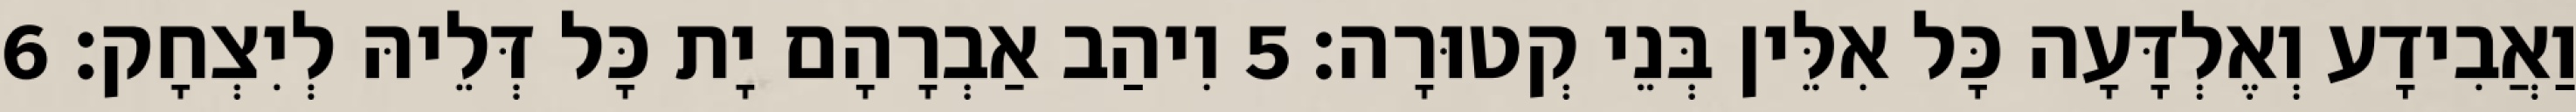
וַאֲבִידָע וְאֶלְדָּעָה כָּל אִלֵּין בְּנֵי קְטוּרָה׃ 5 וִיהַב אַבְרָהָם יָת כָּל דְּלֵיהּ לְיִצְחָק׃ 6